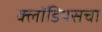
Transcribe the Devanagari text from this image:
क्लॉडियसचा